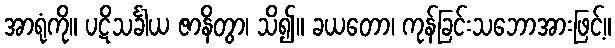
အာရုံကို။ ပဋိသင်္ခါယ ဇာနိတွာ၊ သိ၍။ ခယတော၊ ကုန်ခြင်းသဘောအားဖြင့်။